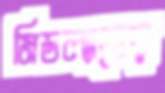
মিডল্যান্ডের